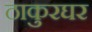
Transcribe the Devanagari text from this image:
ठाकुरघर